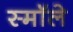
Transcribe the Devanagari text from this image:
स्मॉले